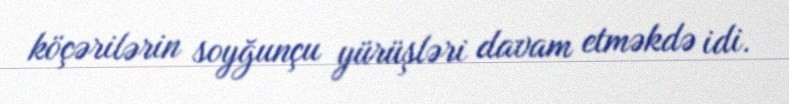
köçərilərin soyğunçu yürüşləri davam etməkdə idi.